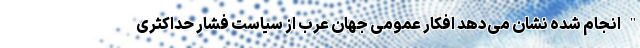
" انجام شده نشان می‌دهد افکار عمومی جهان عرب از سیاست فشار حداکثری